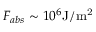
F _ { a b s } \sim 1 0 ^ { 6 } \mathrm { J / m ^ { 2 } }